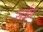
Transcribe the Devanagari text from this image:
सर्वंत्र